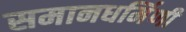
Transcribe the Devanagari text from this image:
समानधर्मिणी